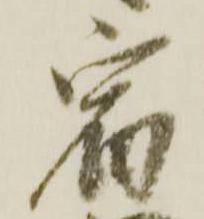
宿